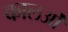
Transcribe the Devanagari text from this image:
कालओं